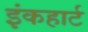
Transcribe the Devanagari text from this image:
इंकहार्ट